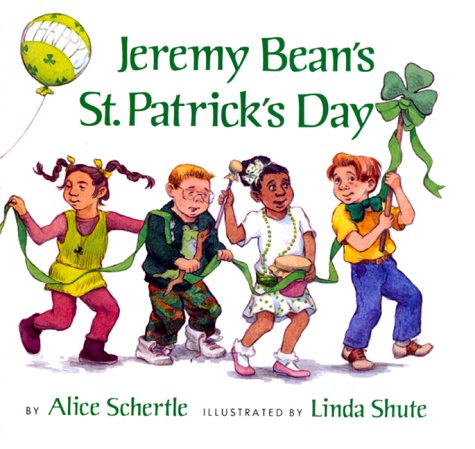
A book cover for Jeremy Bean's St. Patrick's Day; Alice Schertle; Children's Books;